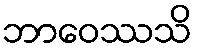
ဘာဝေဿသိ